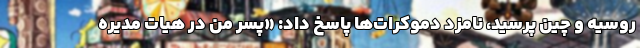
روسیه و چین پرسید، نامزد دموکرات‌ها پاسخ داد: «پسر من در هیات مدیره